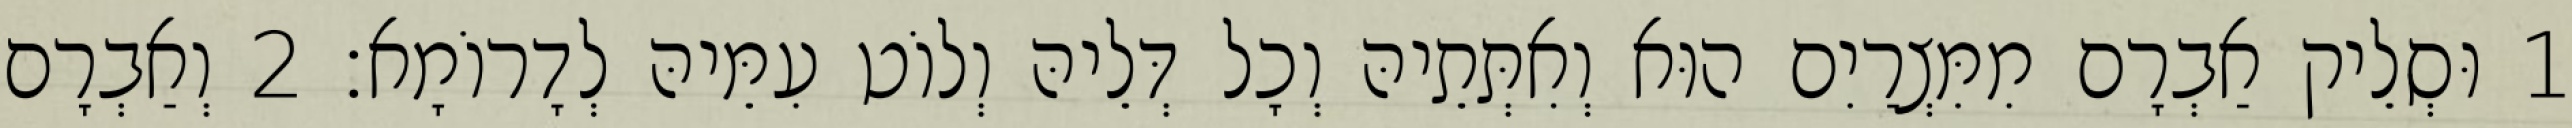
1 וּסְלֵיק אַבְרָם מִמִּצְרַיִם הוּא וְאִתְּתֵיהּ וְכָל דְּלֵיהּ וְלוֹט עִמֵּיהּ לְדָרוֹמָא׃ 2 וְאַבְרָם